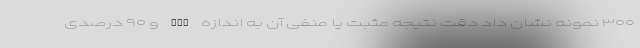
۳۰۰ نمونه نشان داد دقت نتیجه مثبت یا منفی آن به اندازه PCR و ۹۰ درصدی